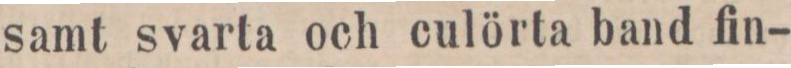
samt svarta och culörta band fin-